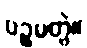
ပဉ္စမတွဲ။